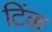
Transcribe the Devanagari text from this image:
टिंक